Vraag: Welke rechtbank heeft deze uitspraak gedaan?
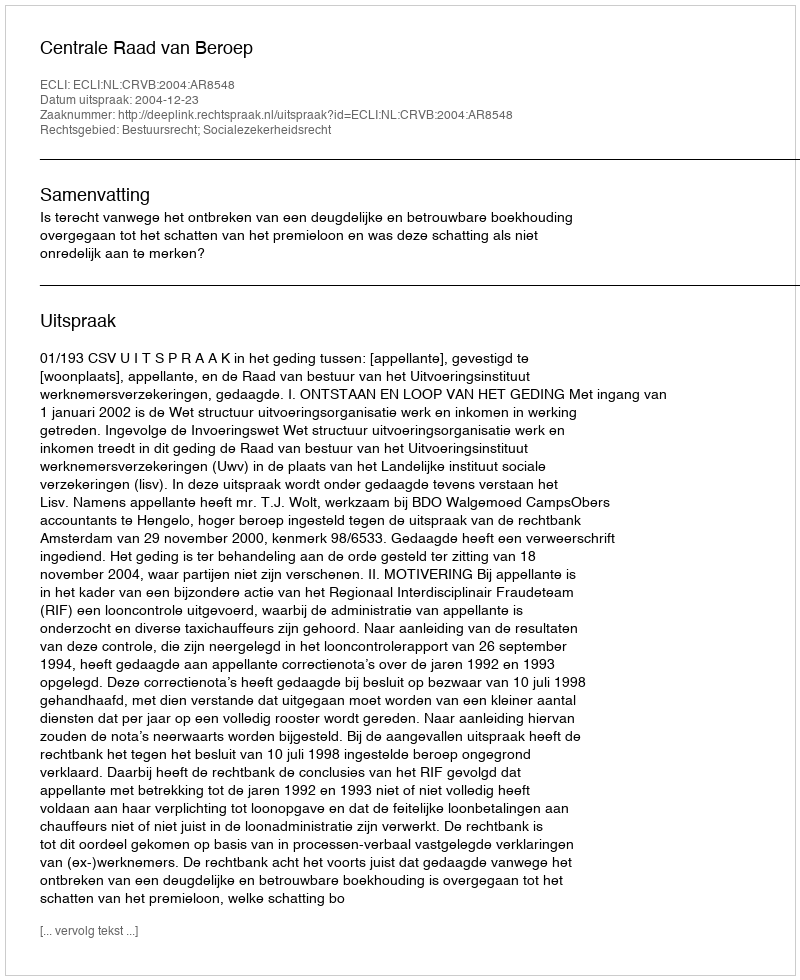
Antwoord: Centrale Raad van Beroep